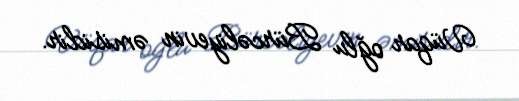
Vüqar oğlu Bürcəliyevin əmisidir.